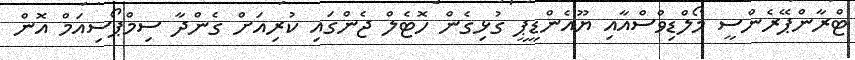
ޓްރާންޕޭރެންސީ މޯލްޑިވްސްއާއި ޔޫއެންޑީޕީ ގުޅިގެން ހޮޓެލް ޖެންގައި ކުރިއަށް ގެންދާ ސިމްޕޯސިއަމް އޮން